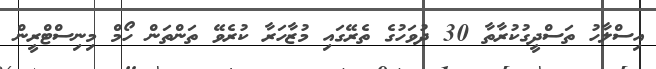
އިސްލާހު ތަސްދީގުކުރާތާ 30 ދުވަހުގެ ތެރޭގައި މުޒާހަރާ ކުރެވޭ ތަންތަން ހޯމް މިނިސްޓްރީން